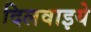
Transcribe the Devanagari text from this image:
दिलवाइये